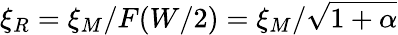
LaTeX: \xi_{R}=\xi_{M}/F(W/2)=\xi_{M}/\sqrt{1+\alpha}